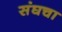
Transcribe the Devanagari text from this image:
संघचा